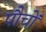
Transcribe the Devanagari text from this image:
पौचों